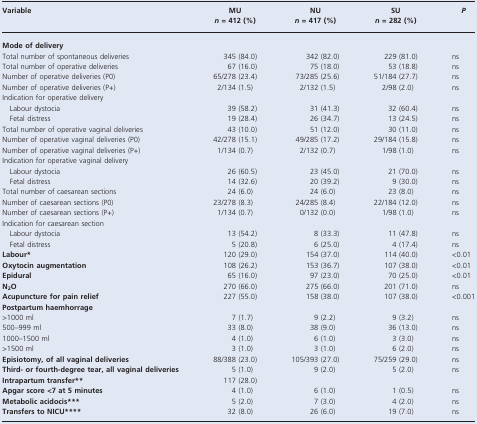
<table><thead><tr><td><b>Variable</b></td><td><b>MU <i>n</i> = 412 (%)</b></td><td><b>NU <i>n</i> = 417 (%)</b></td><td><b>SU <i>n</i> = 282 (%)</b></td><td><b><i>P</i></b></td></tr></thead><tbody><tr><td colspan="5"><b>Mode of delivery</b></td></tr><tr><td>Total number of spontaneous deliveries</td><td>345 (84.0)</td><td>342 (82.0)</td><td>229 (81.0)</td><td>ns</td></tr><tr><td>Total number of operative deliveries</td><td>67 (16.0)</td><td>75 (18.0)</td><td>53 (18.8)</td><td>ns</td></tr><tr><td>Number of operative deliveries (P0)</td><td>65/278 (23.4)</td><td>73/285 (25.6)</td><td>51/184 (27.7)</td><td>ns</td></tr><tr><td>Number of operative deliveries (P+)</td><td>2/134 (1.5)</td><td>2/132 (1.5)</td><td>2/98 (2.0)</td><td>ns</td></tr><tr><td colspan="5">Indication for operative delivery</td></tr><tr><td> Labour dystocia</td><td>39 (58.2)</td><td>31 (41.3)</td><td>32 (60.4)</td><td>ns</td></tr><tr><td> Fetal distress</td><td>19 (28.4)</td><td>26 (34.7)</td><td>13 (24.5)</td><td>ns</td></tr><tr><td>Total number of operative vaginal deliveries</td><td>43 (10.0)</td><td>51 (12.0)</td><td>30 (11.0)</td><td>ns</td></tr><tr><td>Number of operative vaginal deliveries (P0)</td><td>42/278 (15.1)</td><td>49/285 (17.2)</td><td>29/184 (15.8)</td><td>ns</td></tr><tr><td>Number of operative vaginal deliveries (P+)</td><td>1/134 (0.7)</td><td>2/132 (0.7)</td><td>1/98 (1.0)</td><td>ns</td></tr><tr><td colspan="5">Indication for operative vaginal delivery</td></tr><tr><td> Labour dystocia</td><td>26 (60.5)</td><td>23 (45.0)</td><td>21 (70.0)</td><td>ns</td></tr><tr><td> Fetal distress</td><td>14 (32.6)</td><td>20 (39.2)</td><td>9 (30.0)</td><td>ns</td></tr><tr><td>Total number of caesarean sections</td><td>24 (6.0)</td><td>24 (6.0)</td><td>23 (8.0)</td><td>ns</td></tr><tr><td>Number of caesarean sections (P0)</td><td>23/278 (8.3)</td><td>24/285 (8.4)</td><td>22/184 (12.0)</td><td>ns</td></tr><tr><td>Number of caesarean sections (P+)</td><td>1/134 (0.7)</td><td>0/132 (0.0)</td><td>1/98 (1.0)</td><td>ns</td></tr><tr><td colspan="5">Indication for caesarean section</td></tr><tr><td> Labour dystocia</td><td>13 (54.2)</td><td>8 (33.3)</td><td>11 (47.8)</td><td>ns</td></tr><tr><td> Fetal distress</td><td>5 (20.8)</td><td>6 (25.0)</td><td>4 (17.4)</td><td>ns</td></tr><tr><td><b>Labour</b>*</td><td>120 (29.0)</td><td>154 (37.0)</td><td>114 (40.0)</td><td>&lt;0.01</td></tr><tr><td><b>Oxytocin augmentation</b></td><td>108 (26.2)</td><td>153 (36.7)</td><td>107 (38.0)</td><td>&lt;0.01</td></tr><tr><td><b>Epidural</b></td><td>65 (16.0)</td><td>97 (23.0)</td><td>70 (25.0)</td><td>&lt;0.01</td></tr><tr><td><b>N</b><sub><b>2</b></sub><b>O</b></td><td>270 (66.0)</td><td>275 (66.0)</td><td>201 (71.0)</td><td>ns</td></tr><tr><td><b>Acupuncture for pain relief</b></td><td>227 (55.0)</td><td>158 (38.0)</td><td>107 (38.0)</td><td>&lt;0.001</td></tr><tr><td colspan="5"><b>Postpartum haemhorrage</b></td></tr><tr><td>&gt;1000 ml</td><td>7 (1.7)</td><td>9 (2.2)</td><td>9 (3.2)</td><td>ns</td></tr><tr><td>500–999 ml</td><td>33 (8.0)</td><td>38 (9.0)</td><td>36 (13.0)</td><td>ns</td></tr><tr><td>1000–1500 ml</td><td>4 (1.0)</td><td>6 (1.0)</td><td>3 (3.0)</td><td>ns</td></tr><tr><td>&gt;1500 ml</td><td>3 (1.0)</td><td>3 (1.0)</td><td>6 (2.0)</td><td>ns</td></tr><tr><td><b>Episiotomy, of all vaginal deliveries</b></td><td>88/388 (23.0)</td><td>105/393 (27.0)</td><td>75/259 (29.0)</td><td>ns</td></tr><tr><td><b>Third- or fourth-degree tear, all vaginal deliveries</b></td><td>5 (1.0)</td><td>9 (2.0)</td><td>5 (2.0)</td><td>ns</td></tr><tr><td><b>Intrapartum transfer</b>**</td><td>117 (28.0)</td><td></td><td></td><td></td></tr><tr><td><b>Apgar score &lt;7 at 5 minutes</b></td><td>4 (1.0)</td><td>6 (1.0)</td><td>1 (0.5)</td><td>ns</td></tr><tr><td><b>Metabolic acidocis</b>***</td><td>5 (2.0)</td><td>7 (3.0)</td><td>4 (2.0)</td><td>ns</td></tr><tr><td><b>Transfers to NICU</b>****</td><td>32 (8.0)</td><td>26 (6.0)</td><td>19 (7.0)</td><td>ns</td></tr></tbody></table>